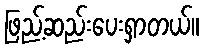
ဖြည့်ဆည်းပေးရှာတယ်။